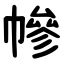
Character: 幓